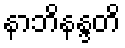
နာဘိနန္ဒတိ